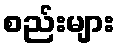
စည်းများ